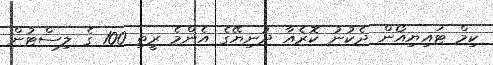
ކިމް ޓައިޔިއޯން ދެކުނު ކޮރެއާ ދުނިޔޭގެ އެންމެ ރީތި 100 ގެ ލިސްޓުން